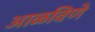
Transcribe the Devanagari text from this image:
आळविणे